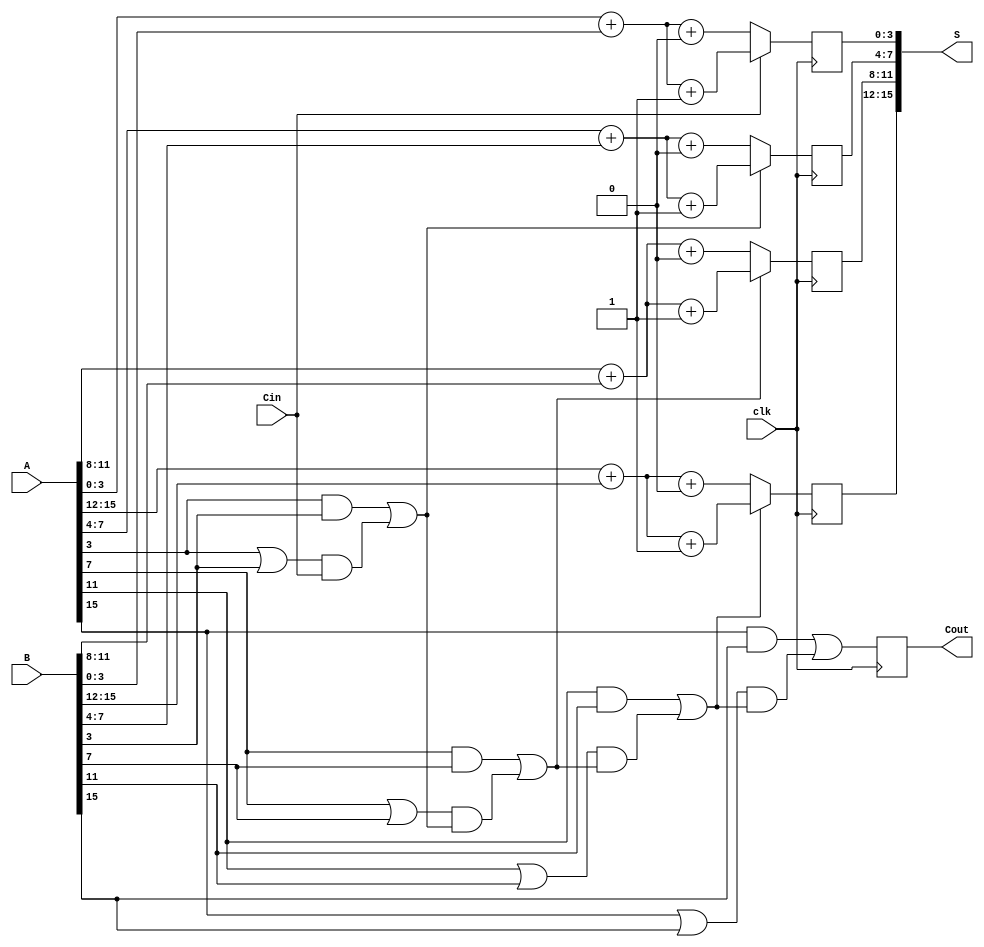
module PipelinedCSLA #(parameter N = 16, // Total bit width
                        parameter M = 4)  // Segment size
(
    input  [N-1:0] A,     // First operand
    input  [N-1:0] B,     // Second operand
    input          Cin,    // Carry input
    input          clk,     // Clock signal
    output reg [N-1:0] S,  // Sum output
    output reg         Cout  // Carry output
);

    // Number of segments
    localparam num_segments = N / M;

    // Internal signals for generate and propagate
    wire [num_segments-1:0] G [M-1:0];
    wire [num_segments-1:0] P [M-1:0];

    // Internal signals for the carry
    wire [num_segments:0] carry;

    // Generate and Propagate calculations for each segment
    genvar i, j;
    generate
        for (i = 0; i < num_segments; i = i + 1) begin : gen_prop
            for (j = 0; j < M; j = j + 1) begin : inner
                assign G[i][j] = A[M*i+j] & B[M*i+j]; // Generate
                assign P[i][j] = A[M*i+j] | B[M*i+j]; // Propagate
            end
        end
    endgenerate

    // Carry calculations for segments
    assign carry[0] = Cin;
    generate
        for (i = 0; i < num_segments; i = i + 1) begin : carry_calc
            wire sum0, sum1;
            wire [M-1:0] S0, S1;

            // Compute the sum assuming carry-in is 0 and 1
            assign S0 = A[M*i +: M] + B[M*i +: M] + 0;
            assign S1 = A[M*i +: M] + B[M*i +: M] + 1;

            // Calculate carry for this segment
            assign carry[i+1] = G[i][M-1] | (P[i][M-1] & carry[i]);

            // Select the correct output based on carry
            always @(posedge clk) begin
                if (carry[i]) begin
                    S[M*i +: M] <= S1;
                end else begin
                    S[M*i +: M] <= S0;
                end
            end
        end
    endgenerate

    // Final carry output
    always @(posedge clk) begin
        Cout <= carry[num_segments];
    end

endmodule